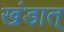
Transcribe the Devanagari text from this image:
खंडात्